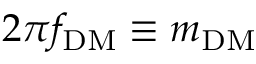
2 \pi f _ { \mathrm { D M } } \equiv m _ { \mathrm { D M } }